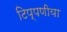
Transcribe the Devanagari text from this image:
टिप्पणीया